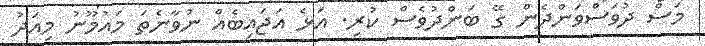
މަސް ދުވަސްވަންދެން ގޭ ބަންދުވެސް ކުރި. އަޅެ އަޖައިބެއް ނުވާނެތަ މައުމޫނު މިއަދު